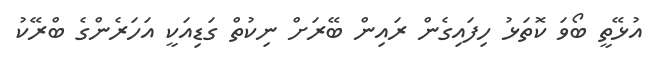
އުޅޭތީ ބޯވަ ކޮތަޅު ހިފައިގެން ރައިން ބޭރަށް ނިކުތް ގަޑިއަކީ އަހަރެންގެ ބްރޭކު